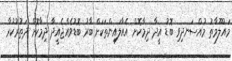
މައުލޫމާތު މުއްސަނދިވި ބޮޑު އީދާ ދިމާކޮށް އެއާލައިންތަކަށް ބާރު ބޮޑުވެއްޖެއީދާ ދިމާކޮށް ދަތުރުކުރާ